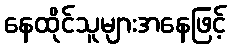
နေထိုင်သူများအနေဖြင့်